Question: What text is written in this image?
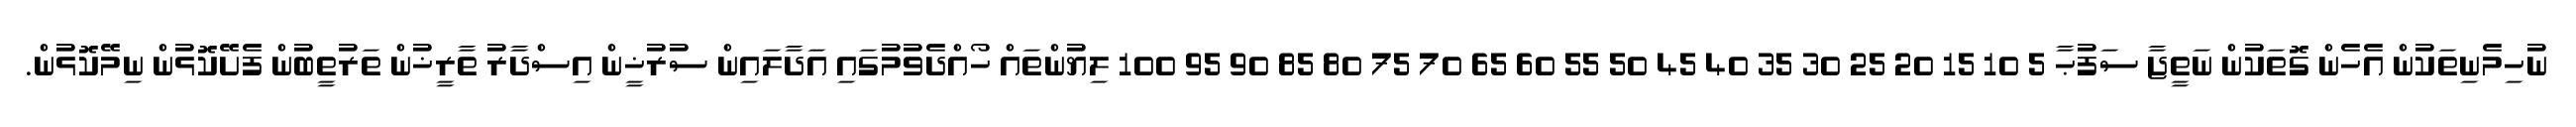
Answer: ނުހިމެނިތަކުން އެހެން ގޮތަކުން ނަތީޖާ ސަފުޙާ 5 10 15 20 25 30 35 40 45 50 55 60 65 70 75 80 85 90 95 100 ލިޔުންތައް ހޯއްދެވުމުގައި އަދާލައިން ސުރުޚީން އިސްދާރު ތާރީޚުން ތަރުތީބުން ފެށޭކޮޅުން ނިމޭކޮޅުން.